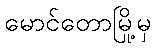
မောင်တောမြို့မှ